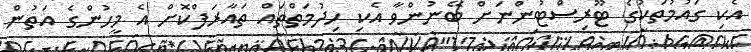
އެކި ގައުމުތަކުގެ ޓޫރިސްޓުންނަށް ބޭނުންވާ އެކި ހިދުމަތްތައް ތައާރަފްކޮށް އެ މީހުންގެ އަތުން